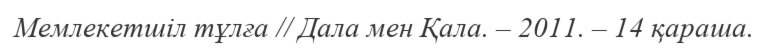
Мемлекетшіл тұлға // Дала мен Қала. – 2011. – 14 қараша.